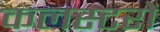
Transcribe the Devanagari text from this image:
कलस्टरों